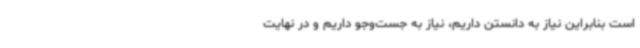
است بنابراین نیاز به دانستن داریم، نیاز به جست‌وجو داریم و در نهایت